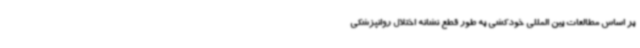
بر اساس مطالعات بین المللی خودکشی به طور قطع نشانه اختلال روانپزشکی